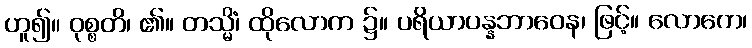
ဟူ၍။ ဝုစ္စတိ၊ ၏။ တသ္မိံ၊ ထိုလောက ၌။ ပရိယာပန္နဘာဝေန၊ ဖြင့်။ လောကေ၊